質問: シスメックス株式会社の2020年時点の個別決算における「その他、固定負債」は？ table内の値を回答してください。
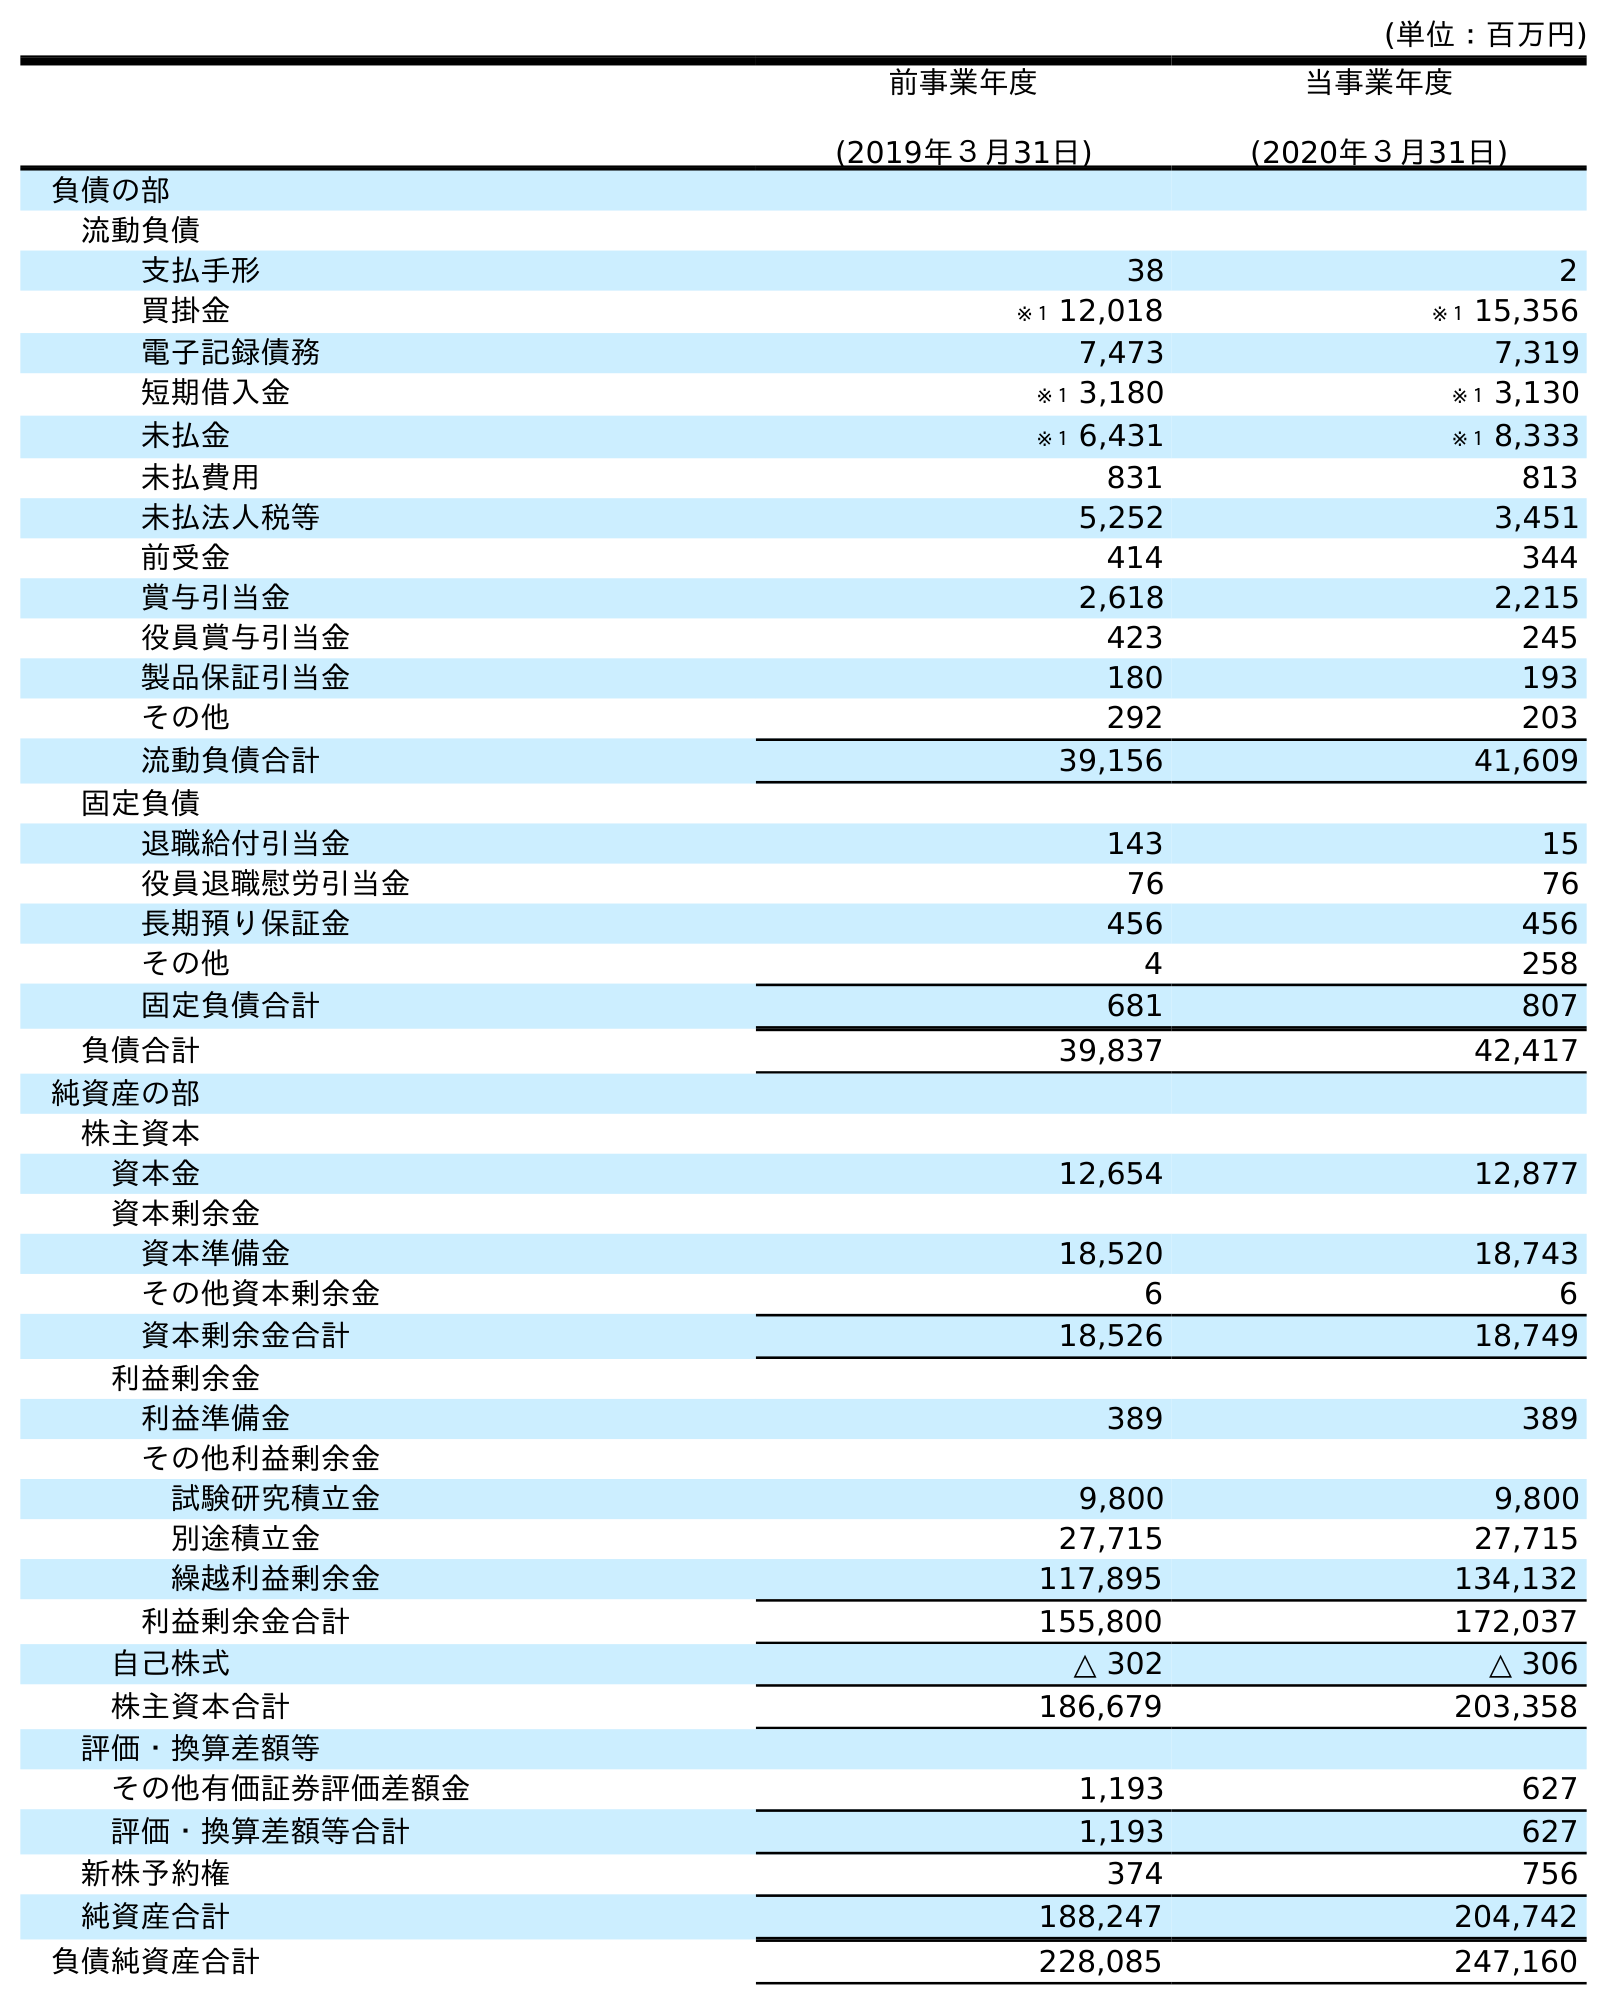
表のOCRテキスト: (単位：百万円) 前事業年度 (2019年３月31日) 当事業年度 (2020年３月31日) 負債の部 流動負債 支払手形 38 2 買掛金 ※１ 12,018 ※１ 15,356 電子記録債務 7,473 7,319 短期借入金 ※１ 3,180 ※１ 3,130 未払金 ※１ 6,431 ※１ 8,333 未払費用 831 813 未払法人税等 5,252 3,451 前受金 414 344 賞与引当金 2,618 2,215 役員賞与引当金 423 245 製品保証引当金 180 193 その他 292 203 流動負債合計 39,156 41,609 固定負債 退職給付引当金 143 15 役員退職慰労引当金 76 76 長期預り保証金 456 456 その他 4 258 固定負債合計 681 807 負債合計 39,837 42,417 純資産の部 株主資本 資本金 12,654 12,877 資本剰余金 資本準備金 18,520 18,743 その他資本剰余金 6 6 資本剰余金合計 18,526 18,749 利益剰余金 利益準備金 389 389 その他利益剰余金 試験研究積立金 9,800 9,800 別途積立金 27,715 27,715 繰越利益剰余金 117,895 134,132 利益剰余金合計 155,800 172,037 自己株式 △ 302 △ 306 株主資本合計 186,679 203,358 評価・換算差額等 その他有価証券評価差額金 1,193 627 評価・換算差額等合計 1,193 627 新株予約権 374 756 純資産合計 188,247 204,742 負債純資産合計 228,085 247,160
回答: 258